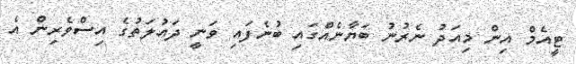
ޓީއެމް އިން މިއަދު ނެރުނު ބަޔާނެއްގައި ބުނެފައި ވަނީ ދައުލަތުގެ އިސްވެރިން އެ